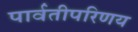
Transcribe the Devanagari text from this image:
पार्वतीपरिणय